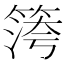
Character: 𥱀